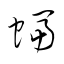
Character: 蝠